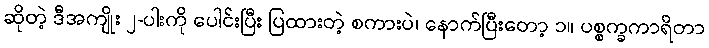
ဆိုတဲ့ ဒီအကျိုး ၂-ပါးကို ပေါင်းပြီး ပြထားတဲ့ စကားပဲ၊ နောက်ပြီးတော့ ၁။ ပစ္စက္ခကာရိတာ